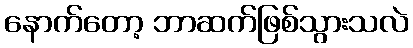
နောက်တော့ ဘာဆက်ဖြစ်သွားသလဲ